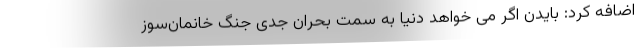
اضافه کرد: بایدن اگر می خواهد دنیا به سمت بحران جدی جنگ خانمان‌سوز